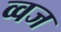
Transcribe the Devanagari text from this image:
व्वज